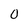
Character: 0